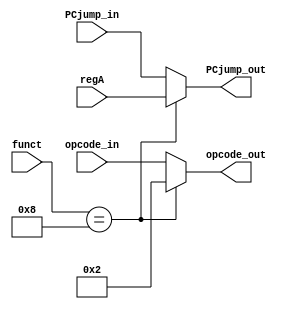
`timescale 1ns / 1ps
//////////////////////////////////////////////////////////////////////////////////
// Company: 
// Engineer: 
// 
// Design Name: 
// Module Name: JR_UNIT
// Project Name: 
// Target Devices: 
// Tool Versions: 
// Description: 
// 
// Dependencies: 
// 
// Revision:
// Revision 0.01 - File Created
// Additional Comments:
// 
//////////////////////////////////////////////////////////////////////////////////

module JR_UNIT(
    input [5:0] funct,
    input [5:0] opcode_in,
    input [31:0] regA,
    input [31:0] PCjump_in,
    output reg [5:0] opcode_out,
    output reg [31:0] PCjump_out
    );

localparam J_Type_JR = 6'b001000;
localparam J_Type_J  = 6'b000010;

always @*
    begin
        if(funct == J_Type_JR)
            begin
                opcode_out = J_Type_J;
                PCjump_out = regA;
            end
        else
            begin
                opcode_out = opcode_in;
                PCjump_out = PCjump_in;
            end
    end

endmodule